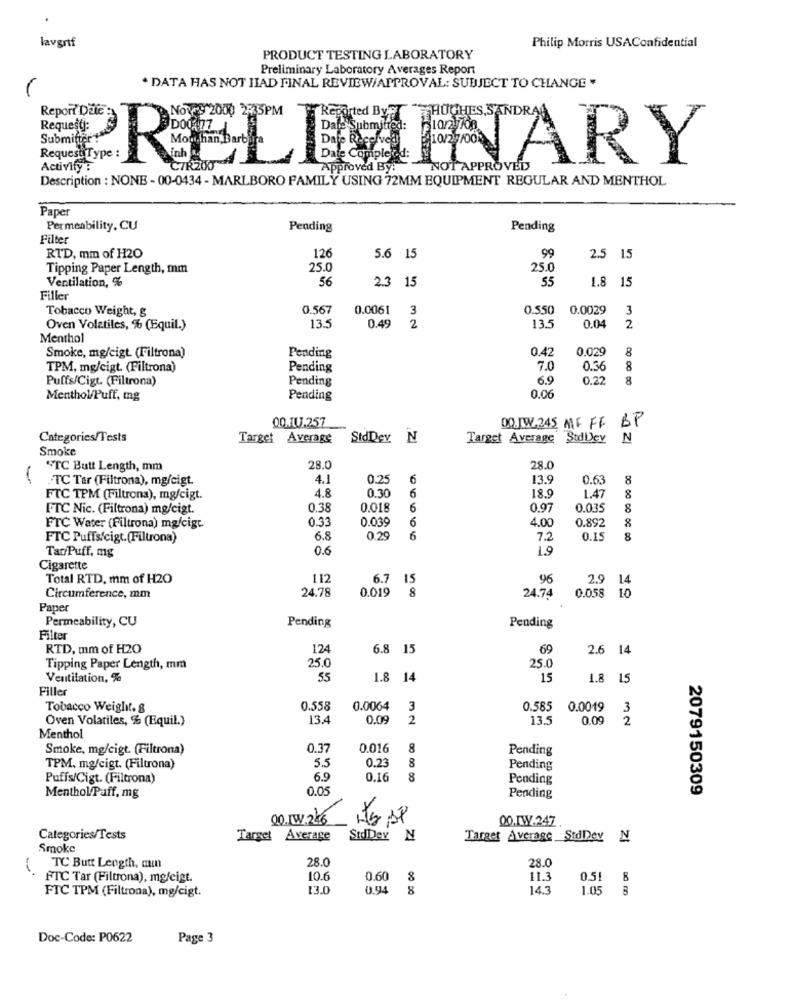
lavgrtf
Philip Morris USAConfidential
PRODUCT TESTING LABORATORY
Preliminary Laboratory Averages Report
. DATA HAS NOT HIAD FINAL REVIEW/APPROVAL: SUBJECT TO CHANGE .
Report Date
Request:
Submitter
Request Type
Activity :
RELIMETARY
Description : NONE - 00-0434 - MARLBORO FAMILY USING 72MM EQUIPMENT REGULAR AND MENTHOL
Paper
Permeability, CU
Pending
Pending
Filter
RTD, mm of H2O
126
5.6 15
99
2.5 15
Tipping Paper Length, mm
25.0
25.0
Ventilation, %
56
55
2.3 15
1.8 15
Filler
Tobacco Weight, g
0.567
0.0061
3
0.550
0.0029
3
13.5
0.45
Oven Volatiles, % (Equil.)
2
13.5
0.04
2
Menthol
Smoke, mg/eigt. (Filtrona)
0.42
0.029
8
Pending
TPM, mg/cigt. (Filtrona)
Pending
7.0
0.36
8
Puffs/Cigt. (Filtrona)
Pending
6.9
0.22
8
Menthol/Puff, mg
Pending
0.06
00.1U.257
BP
00 JW.245 MF FF
Categories/Tests
Target Average
StdDev N
Target Average
StdDey N
Smoke
"TC Butt Length, mm
28.0
28.0
.TC Tar (Filtrona), mg/cigt.
4.1
0.25
6
13.9
0.63
8
4.8
0.30
18.9
FTC TPM (Filtrona), mg/cigt.
6
1.47
8
FTC Nic. (Filtrona) mg/cigt.
0.38
0.018
6
0.97
0.035
8
0.33
0.039
6
4.00
0.892
FTC Water (Filtrona) mg/cigt.
8
FTC Puffs/cigt.(Filtrona)
6.8
0.29
6
7.2
0.15
8
Tar/Puff, mg
0.6
1.9
Cigarette
Total RTD. mm of H2O
112
6.7
15
96
2.9
14
24.78
8
Circumference, mm
0.019
24.74
0.058
10
Paper
Permeability, CU
Pending
Pending
Filter
RTD, mm of H2O
124
6.8 15
69
2.6 14
25.0
Tipping Paper Length, mm
25.0
Ventilation, %
55
1.8 14
15
1.8 15
Filler
Tobacco Weight, &
0.558
0.0064
3
0.585
0.0019 3
Oven Volatiles, % (Equil.)
13.4
0.0
2
13.5
0.09
2
Menthol
Smoke, mg/cigt. (Filtrona)
0.37
0.016
8
Pending
8
TPM. mg/cigt. (Filtrona)
5.5
0.23
Pending
Puffs/Cigt. (Filtrona)
6.9
0.16
8
Pending
0.05
2079150309
Menthol/Puff, mg
Pending
00 1.216 its SP
00.IW.247
Categories/Tests
Target Average
StdDey N
Target Average StdDey N
Smoke
28.0
28.0
TC Butt Length, min
FTC Tar (Filtrona), mg/cigt.
10.6
0.60
11.3
0.51
8
FTC TPM (Filtrona), mg/cigt.
13.0
0.94
8
14.3
1.05
Doc-Code: P0622
Page 3